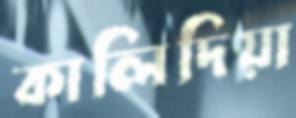
কালিদিয়া